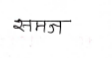
मजकूर: समज